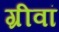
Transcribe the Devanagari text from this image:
ग्रीवां